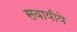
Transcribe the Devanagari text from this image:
सवायीये